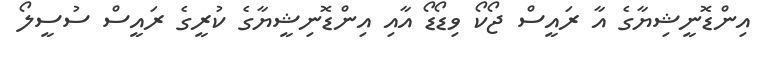
އިންޑޮނީޝިޔާގެ އާ ރައީސް ޖޯކޯ ވިޑޯޑޯ އާއި އިންޑޮނިޝީޔާގެ ކުރީގެ ރައީސް ސުސީލޯ